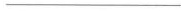
___